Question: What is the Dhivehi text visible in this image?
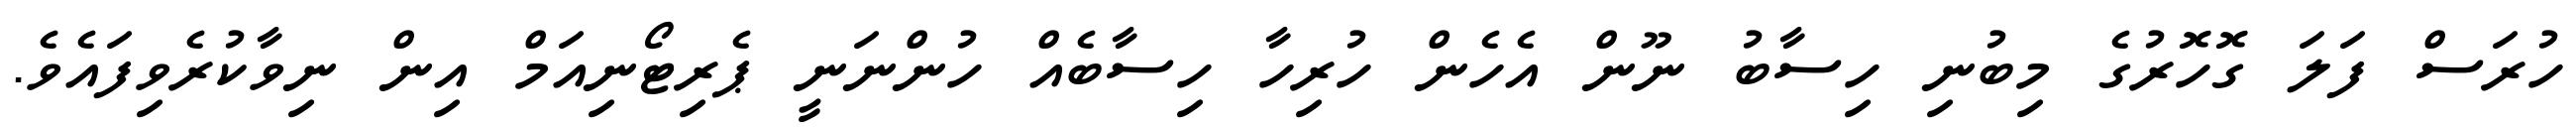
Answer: ހުރަސް ފަލަ ގޮހޮރުގެ މިބުނި ހިސާބު ނޫން އެހެން ހުރިހާ ހިސާބެއް ހުންނަނީ ޕެރިޓޯނިއަމް އިން ނިވާކުރެވިފައެވެ.